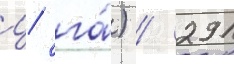
ц/ га́) / 291